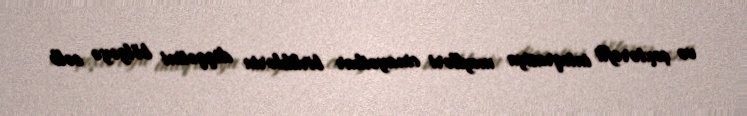
və çoxtərəfli inteqrasiya meylləri cinayətkar birliklərin diqqətini bölgəyə cəlb